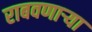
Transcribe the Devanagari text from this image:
राबवणाऱ्या